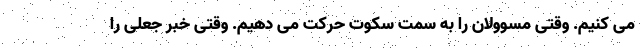
می کنیم. وقتی مسوولان را به سمت سکوت حرکت می دهیم. وقتی خبر جعلی را